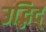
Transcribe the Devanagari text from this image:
उद्भिद्